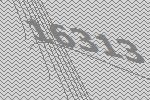
16313